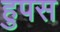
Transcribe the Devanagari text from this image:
हुपस